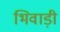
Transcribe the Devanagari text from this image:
भिवाड़ी